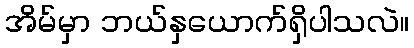
အိမ်မှာ ဘယ်နှယောက်ရှိပါသလဲ။